Insane asylums in Bengal annual reports 1867-1875 - 1867-1875
Year: 1867
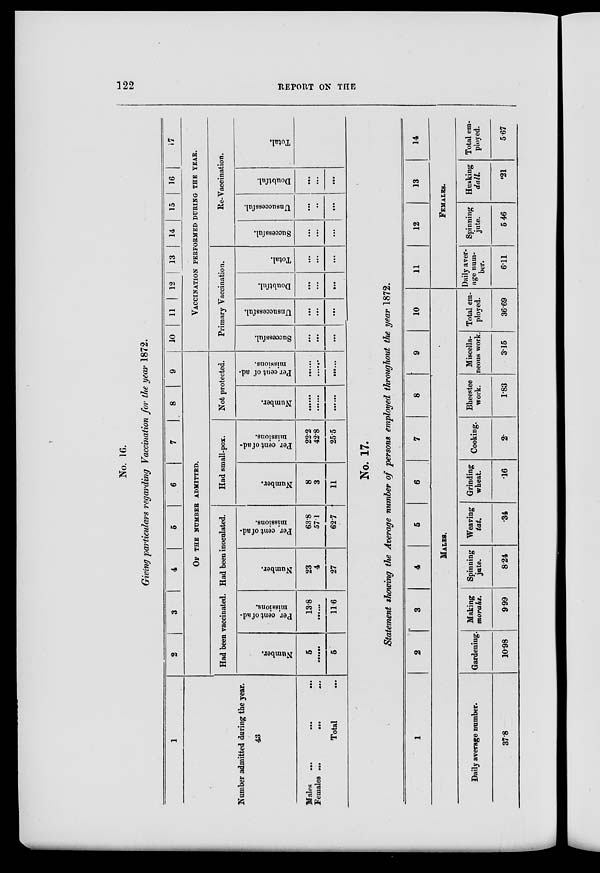
122
REPORT ON THE
No. 16.
Giving particulars regarding Vaccination for the year 1872.
1
Number admitted during the year.
43
Males
....
...
...
Females ...
...
...
Total ...
2
3
4
5
6
7
8
9
OF THE NUMBER ADMITTED.
Had been vaccinated.
Number.
5
.......
5
Per cent of ad-
missions.
13.8
.......
11.6
Had been inoculated.
Number.
23
4
27
Per cent of ad-
missions.
63.8
57.1
62.7
Had small-pox.
Number.
8
3
11
Per cent of ad-
missions.
22.2
42.8
25.5
Not protected.
Number.
.......
.......
.......
Per cent of ad-
missions.
.......
.......
.......
10
11
12
13
14
15
16
17
VACCINATION PERFORMED DURING THE YEAR.
Primary Vaccination.
Successful.
...
...
...
Unsuccessful.
...
...
...
Doubtful.
...
...
...
Total.
...
...
...
Re-Vaccination.
Successful.
...
...
...
Unsuccessful.
...
...
...
Doubtful.
...
...
...
Total.
...
...
...
No. 17.
Statement showing the Average number of persons employed throughout the year 1872.
1
Daily average number.
37.8
2
3
4
5
6
7
8
9
10
MALES.
Gardening.
10.98
Making
morahs.
9.99
Spinning
jute.
8.24
Weaving
tat.
.34
Grinding
wheat.
.16
Cooking.
2.
Bheestee
work.
1.83
Miscella-
neous work.
3.15
Total em-
ployed.
36.69
11
12
13
14
FEMALES.
Daily aver-
age num-
ber.
6.11
Spinning
jute.
5.46
Husking
dull
.21
Total em-
ployed.
5.67